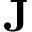
{ \bf J }